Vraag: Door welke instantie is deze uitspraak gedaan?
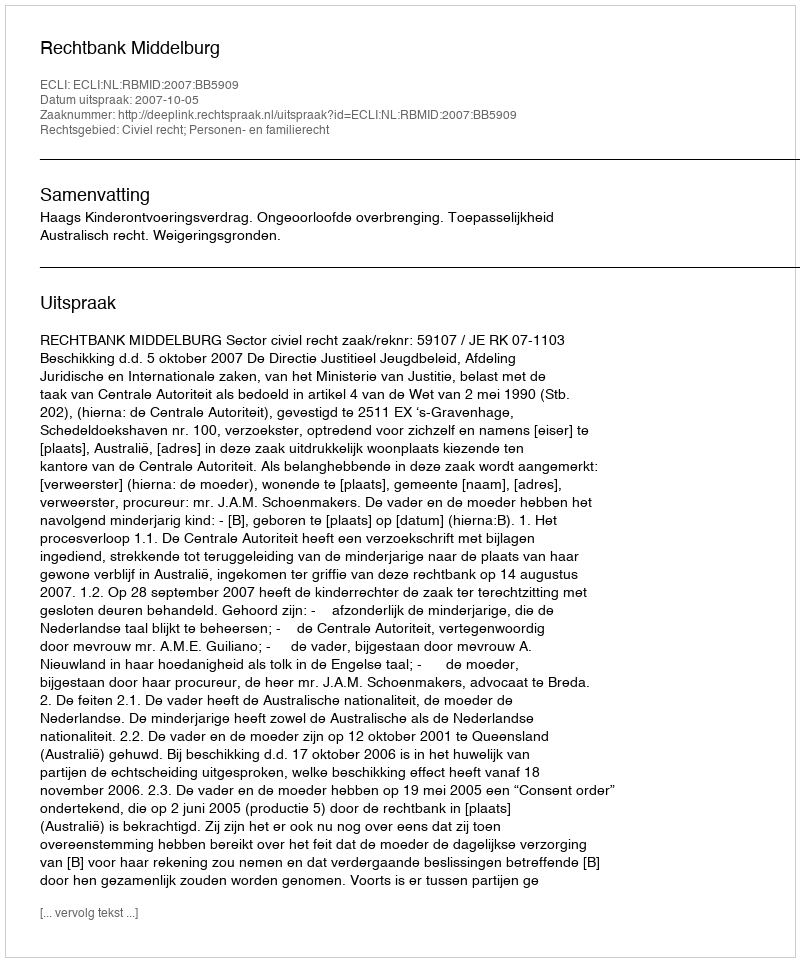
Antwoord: Rechtbank Middelburg